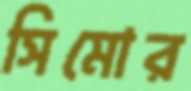
সিমোর